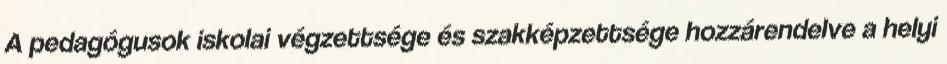
A pedagógusok iskolai végzettsége és szakképzettsége hozzárendelve a helyi